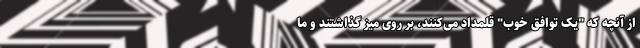
از آنچه که "یک توافق خوب" قلمداد می‌کنند، بر روی میز گذاشتند و ما